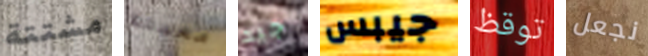
مشتتة معيشة جيد جيبس توقظ نجعل